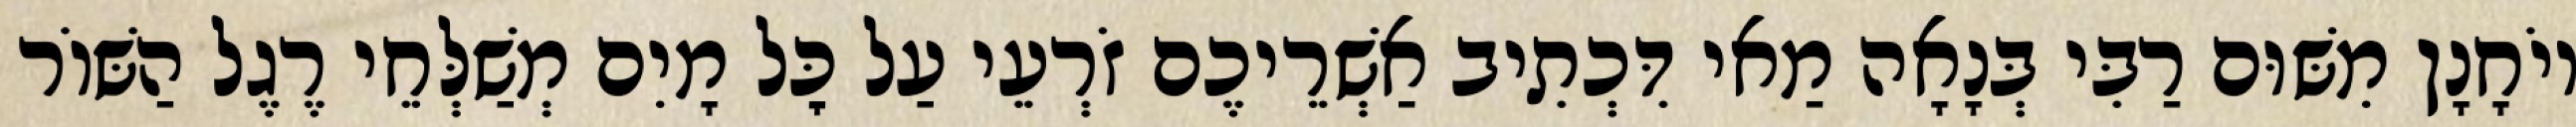
יוֹחָנָן מִשּׁוּם רַבִּי בְּנָאָה מַאי דִּכְתִיב אַשְׁרֵיכֶם זֹרְעֵי עַל כׇּל מָיִם מְשַׁלְּחֵי רֶגֶל הַשּׁוֹר